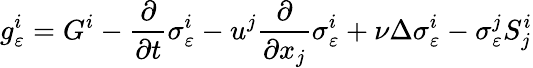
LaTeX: g_{\varepsilon}^{i}=G^{i}-\frac{\partial}{\partial t}\sigma_{\varepsilon}^{i}-u^{j}\frac{\partial}{\partial x_{j}}\sigma_{\varepsilon}^{i}+\nu\Delta\sigma_{\varepsilon}^{i}-\sigma_{\varepsilon}^{j}S_{j}^{i}